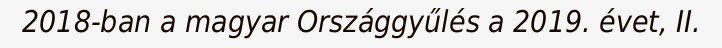
2018-ban a magyar Országgyűlés a 2019. évet, II.